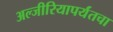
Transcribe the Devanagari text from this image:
अल्जीरियापर्यंतचा